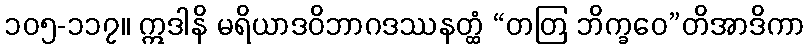
၁၀၅-၁၁၇။ ဣဒါနိ မရိယာဒဝိဘာဂဒဿနတ္ထံ “တတြ ဘိက္ခဝေ”တိအာဒိကာ